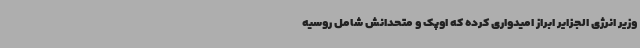
وزیر انرژی الجزایر ابراز امیدواری کرده که اوپک و متحدانش شامل روسیه